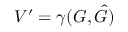
V ^ { \prime } = \gamma ( G , \hat { G } )